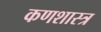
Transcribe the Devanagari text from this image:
कणशास्त्र